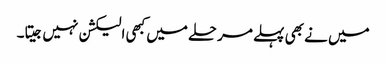
میں نے بھی پہلے مرحلے میں کبھی الیکشن نہیں جیتا۔